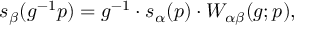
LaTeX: s _ { \beta } ( g ^ { - 1 } p ) = g ^ { - 1 } \cdot s _ { \alpha } ( p ) \cdot W _ { \alpha \beta } ( g ; p ) ,